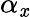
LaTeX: \alpha_{\mathit{x}}